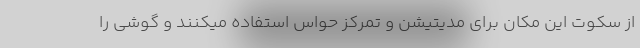
از سکوت این مکان برای مدیتیشن و تمرکز حواس استفاده میکنند و گوشی را